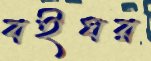
বইঘর